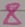
Text: 8